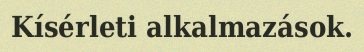
Kísérleti alkalmazások.